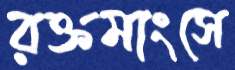
রক্তমাংসে